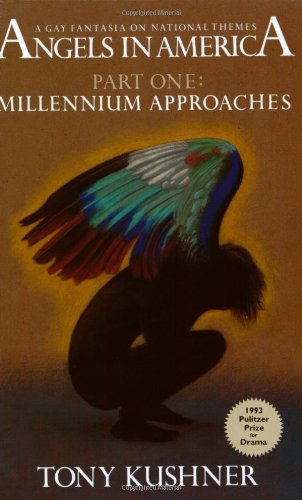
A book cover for Angels in America, Part One: Millennium Approaches; Tony Kushner; Literature & Fiction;